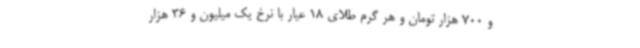
و 700 هزار تومان و هر گرم طلای 18 عیار با نرخ یک میلیون و 36 هزار